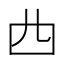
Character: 𠁤